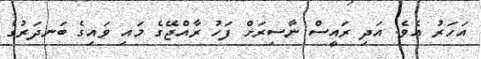
އަހަރު އެވެ. އަދި ރައީސް ނާސިރަށް ފަހު ރާއްޖޭގެ މައި ވައިގެ ބަނދަރުގެ